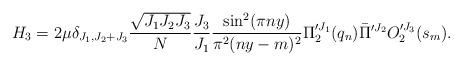
LaTeX: \begin{align*}H_3=2\mu \delta_{J_1,J_2+J_3}{\sqrt{J_1 J_2 J_3}\over N} {J_3\over J_1}{\sin^2(\pi ny)\over\pi^2 (ny-m)^2}\Pi^{\prime J_1}_{2}(q_n)\bar{\Pi}^{\prime J_2}O^{\prime J_3}_{2}(s_m).\end{align*}